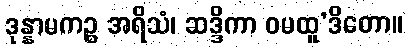
ဒုန္နာမကဉ္စ အရိသံ၊ ဆဒ္ဒိကာ ဝမထူ’ဒိတော။